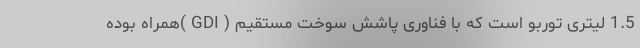
1.5 لیتری توربو است که با فناوری پاشش سوخت مستقیم ( GDI )همراه بوده